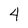
Character: 4